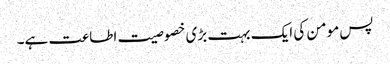
پس مومن کی ایک بہت بڑی خصوصیت اطاعت ہے۔